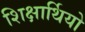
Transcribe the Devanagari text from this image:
शिक्षार्थियो